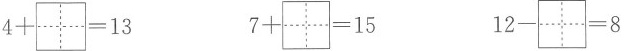
$$4+\aquare =13$$ $$7+\aquare =15$$ $$12-\aquare =8$$